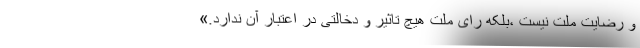
و رضایت ملت نیست ،بلکه رای ملت هیچ تاثیر و دخالتی در اعتبار آن ندارد.»